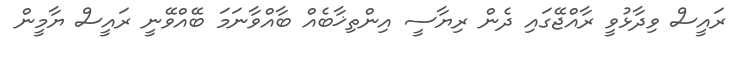
ރައީސް ވިދާޅުވީ ރާއްޖޭގައި ދެން ރިޔާސީ އިންތިޚާބެއް ބާއްވާނަމަ ބޭއްވޭނީ ރައީސް ޔާމީން